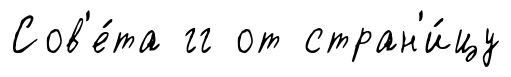
Сов'е́та гг от стран'и́цу